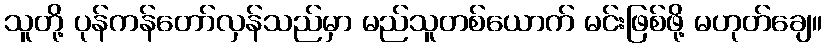
သူတို့ ပုန်ကန်တော်လှန်သည်မှာ မည်သူတစ်ယောက် မင်းဖြစ်ဖို့ မဟုတ်ချေ။